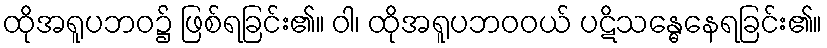
ထိုအရူပဘဝ၌ ဖြစ်ရခြင်း၏။ ဝါ၊ ထိုအရူပဘဝဝယ် ပဋိသန္ဓေနေရခြင်း၏။